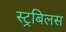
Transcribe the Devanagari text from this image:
स्ट्रबिलस